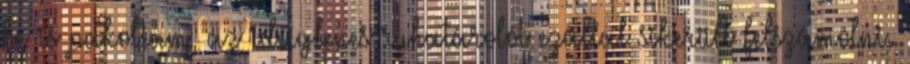
be is pakoltam, az ideiglenes ruhatárolót ezáltal sikerült felszámolni.